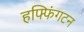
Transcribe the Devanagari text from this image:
हफ्फिंगटन